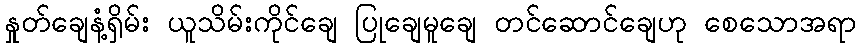
နှုတ်ချေနံ့ရှိမ်း ယူသိမ်းကိုင်ချေ ပြုချေမူချေ တင်ဆောင်ချေဟု စေသောအရာ